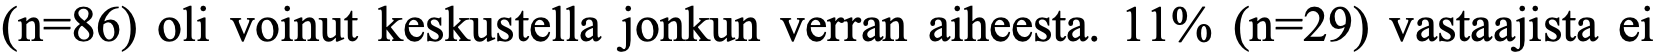
(n=86) oli voinut keskustella jonkun verran aiheesta. 11% (n=29) vastaajista ei